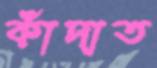
কাঁদাত